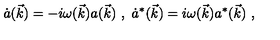
\dot { a } ( \vec { k } ) = - i \omega ( \vec { k } ) a ( \vec { k } ) \ , \ \dot { a } ^ { * } ( \vec { k } ) = i \omega ( \vec { k } ) a ^ { * } ( \vec { k } ) \ ,